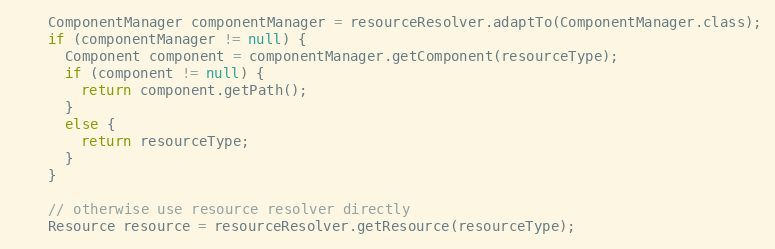
Language: Java
    ComponentManager componentManager = resourceResolver.adaptTo(ComponentManager.class);
    if (componentManager != null) {
      Component component = componentManager.getComponent(resourceType);
      if (component != null) {
        return component.getPath();
      }
      else {
        return resourceType;
      }
    }

    // otherwise use resource resolver directly
    Resource resource = resourceResolver.getResource(resourceType);